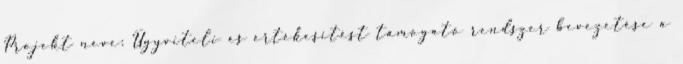
Projekt neve: Ügyviteli és értékesítést támogató rendszer bevezetése a